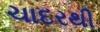
ચાદરથી